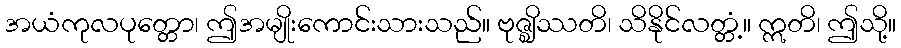
အယံကုလပုတ္တော၊ ဤအမျိုးကောင်းသားသည်။ ဗုဇ္ဈိဿတိ၊ သိနိုင်လတ္တံ့။ ဣတိ၊ ဤသို့။